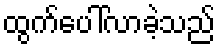
ထွက်ပေါ်လာခဲ့သည်